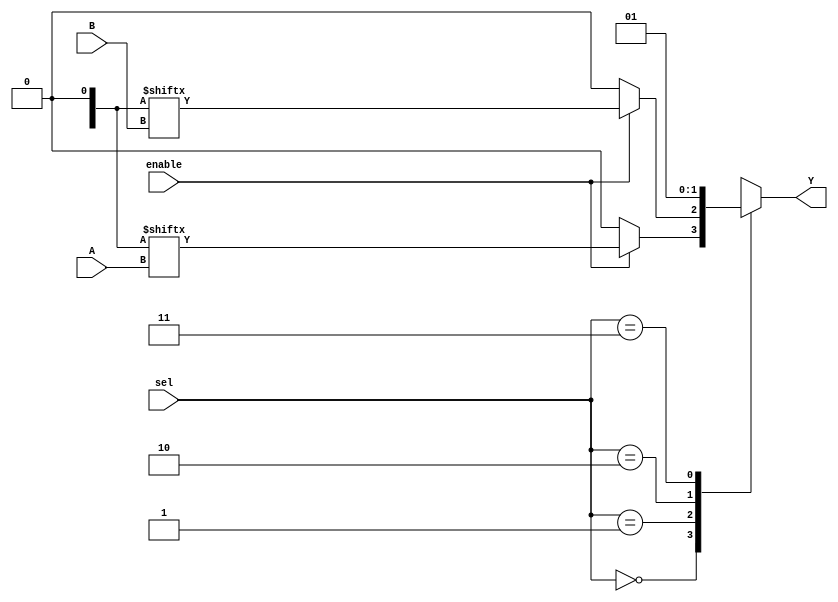
module CLB (
    input wire [3:0] A,          // 4-bit input for LUT
    input wire [3:0] B,          // 4-bit input for LUT
    input wire [1:0] sel,        // Select signal for MUX
    input wire enable,           // Enable signal for logic cells
    output wire Y                // Output port
);

// LUT configuration (4-input LUT)
reg [15:0] lut_config;          // 4-input LUT can have 16 different outputs
wire lut_out;

// MUX for selecting output from LUTs
reg mux_out;

// Logic Cell 1
always @(*) begin
    if (enable) begin
        // Evaluate LUT based on input A
        lut_out = lut_config[A]; // Assuming A is used as an index for LUT
    end else begin
        lut_out = 1'b0;           // If not enabled, output is 0
    end
end

// Logic Cell 2 (another LUT for demonstration)
wire lut_out2;
always @(*) begin
    if (enable) begin
        lut_out2 = lut_config[B]; // Assuming B is used as an index for another LUT
    end else begin
        lut_out2 = 1'b0;           // If not enabled, output is 0
    end
end

// MUX to select between the outputs of the logic cells
always @(*) begin
    case (sel)
        2'b00: mux_out = lut_out;    // Select output from Logic Cell 1
        2'b01: mux_out = lut_out2;   // Select output from Logic Cell 2
        2'b10: mux_out = 1'b0;        // Default to 0
        2'b11: mux_out = 1'b1;        // Default to 1
        default: mux_out = 1'b0;      // Safety default
    endcase
end

// Output assignment
assign Y = mux_out;

endmodule